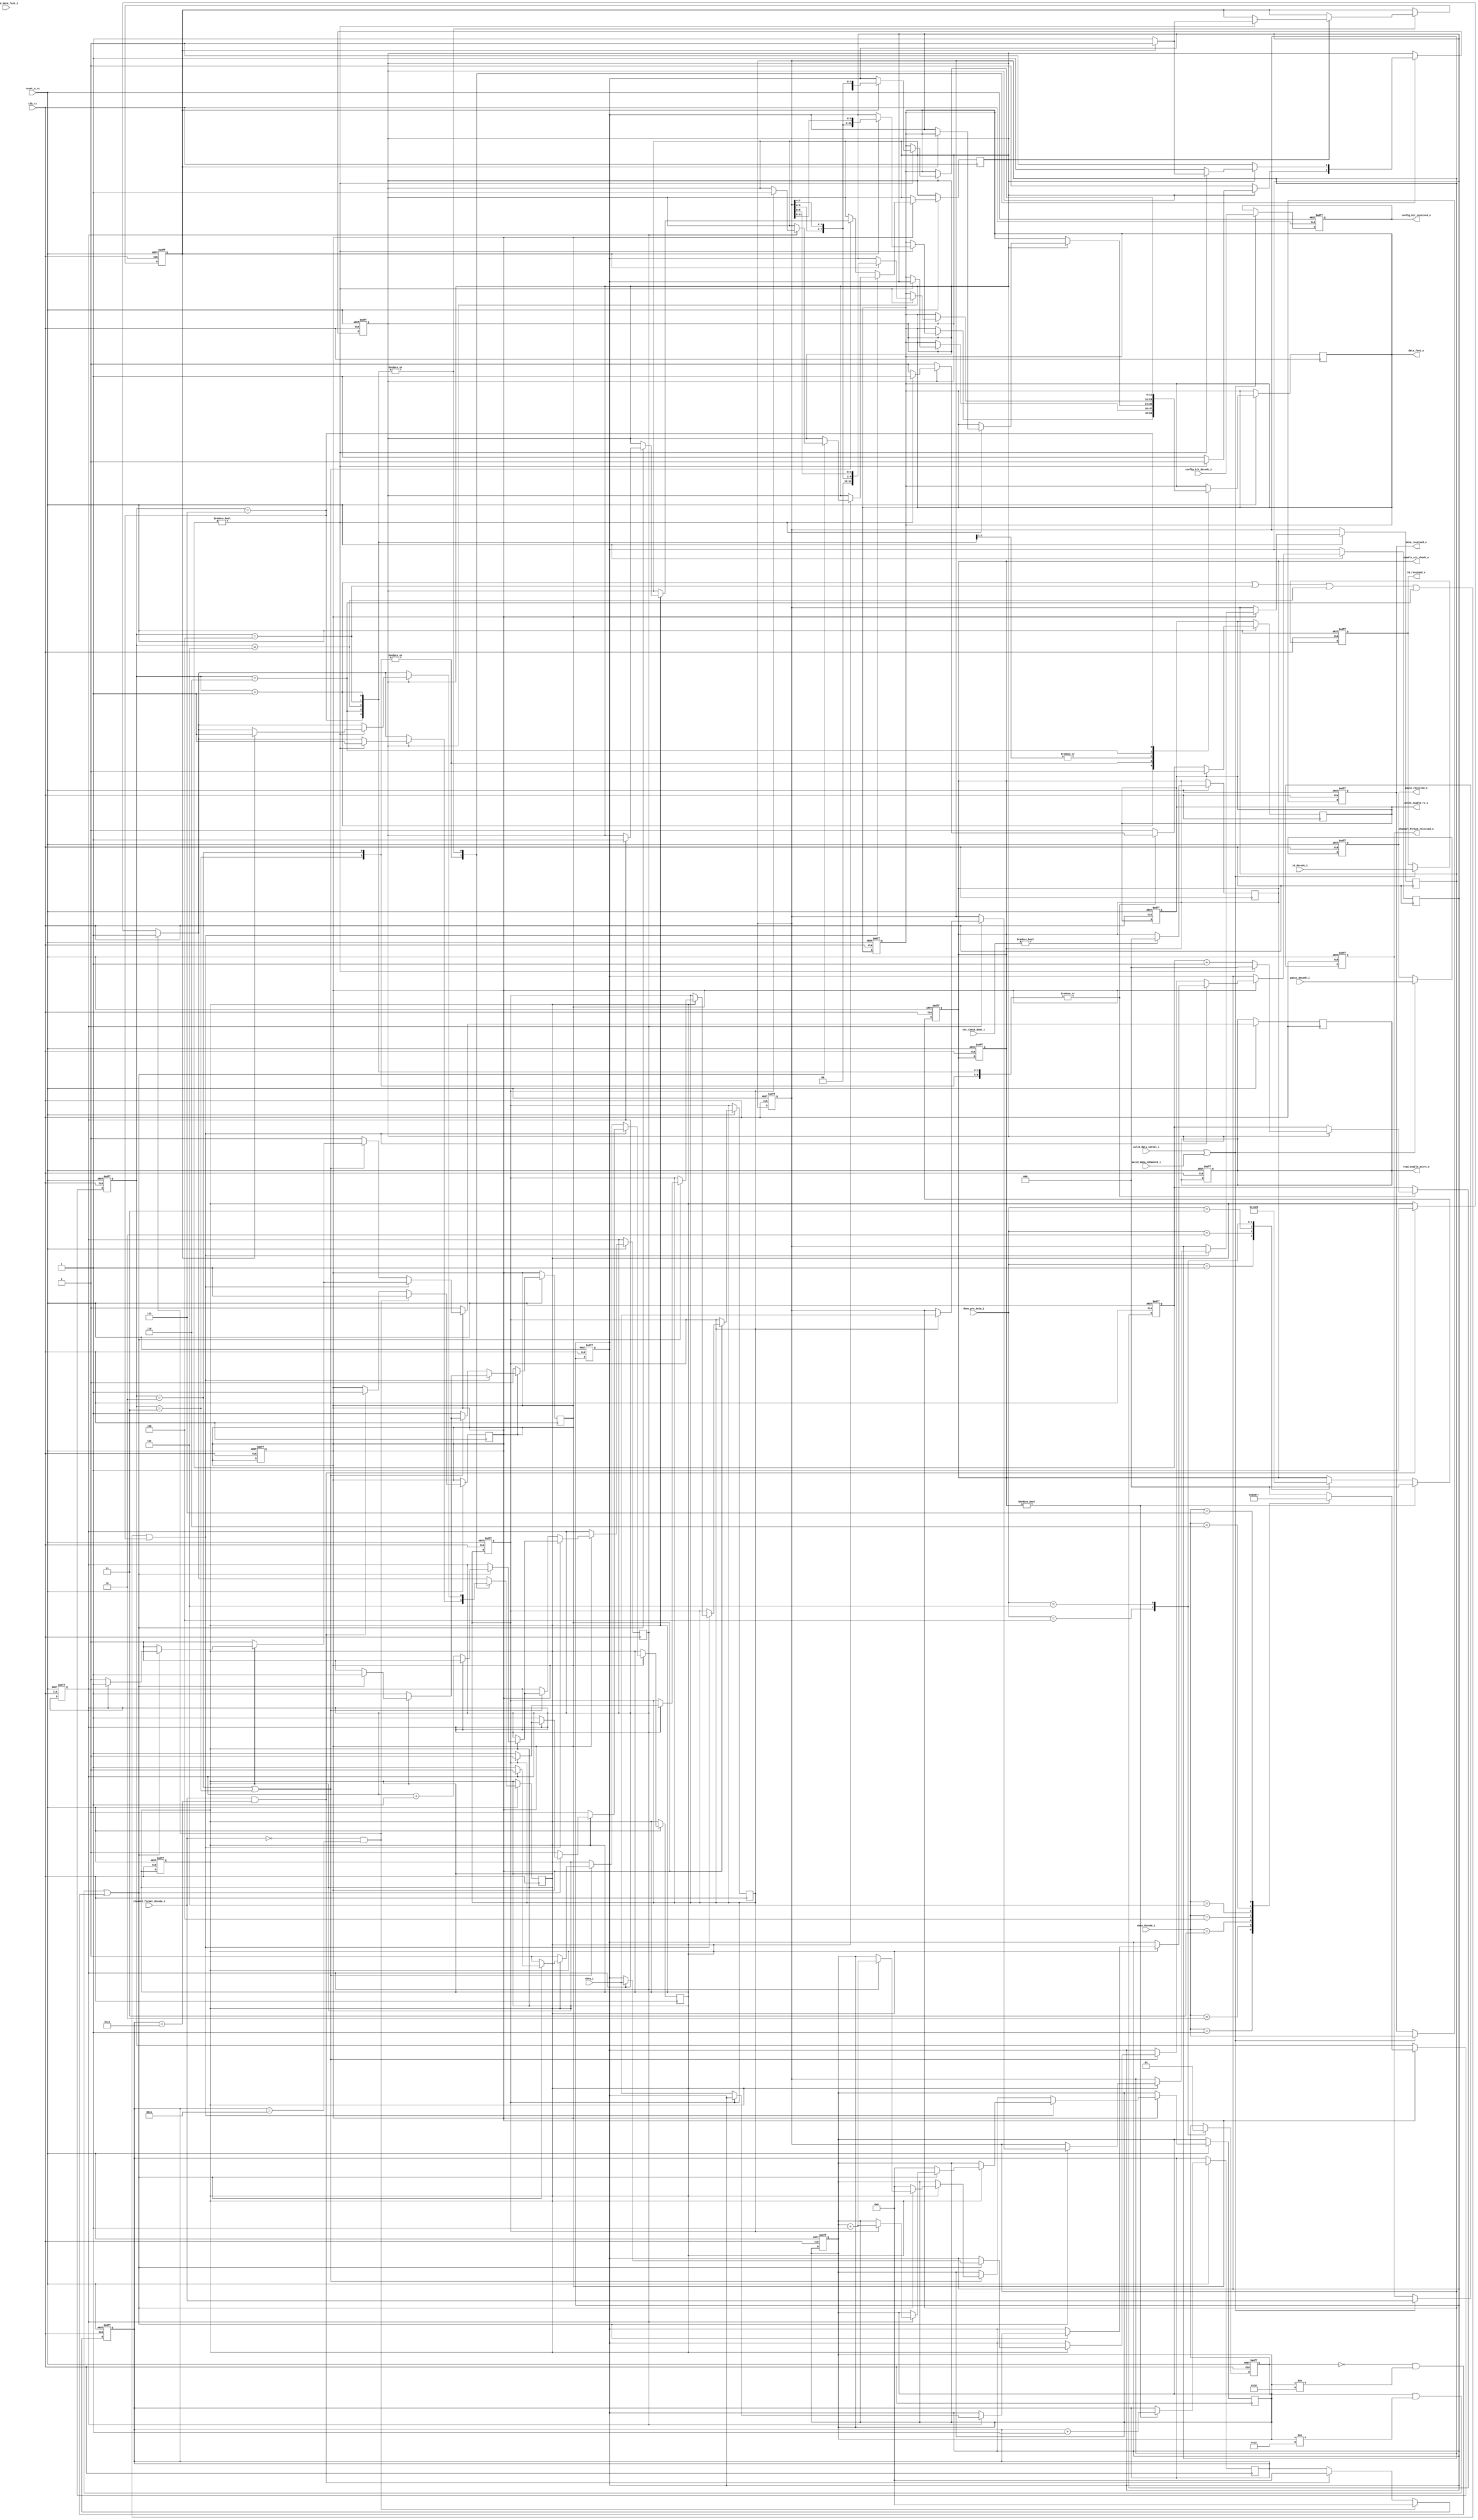
module sent_rx_control(
	//clk and reset_n_rx
	input clk_rx,
	input reset_n_rx,
	
	//signals to pulse check block
	input [2:0] done_pre_data_i,

	//signals to crc check
	output reg [2:0] enable_crc_check_o,
	input [1:0] crc_check_done_i,
	input valid_data_serial_i,
	input valid_data_enhanced_i,
	input valid_data_fast_i,

	input [7:0] id_decode_i,
	input [15:0] data_decode_i,
	input channel_format_decode_i,
	output reg read_enable_store_o,
	input [11:0] data_i,

	input config_bit_decode_i,
	output reg config_bit_received_o,
	input pause_decode_i,
	output reg pause_received_o,
	output reg channel_format_received_o,

	output reg [7:0] id_received_o,
	output reg [15:0] data_received_o,
	output reg write_enable_rx_o,
	output reg [11:0] data_fast_o
	);

	//frame format of fast channels
	localparam TWO_FAST_CHANNELS_12_12 = 1;
	localparam ONE_FAST_CHANNELS_12 = 2;
	localparam HIGH_SPEED_ONE_FAST_CHANNEL_12 = 3;
	localparam SECURE_SENSOR = 4;
	localparam SINGLE_SENSOR_12_0 = 5;
	localparam TWO_FAST_CHANNELS_14_10 = 6;
	localparam TWO_FAST_CHANNELS_16_8 = 7;
	
	reg valid_data_fast_i_channel;
	reg [11:0] data_fast1_decode;
	reg [11:0] data_fast2_decode;
	
	reg [17:0] saved;
	reg count_enable;
	reg count_store;
	reg [5:0] count_frame;
	reg count_rx;
	reg [2:0] count_enable_rx;
	reg [2:0] frame_format;
	reg [5:0] count_check_done;
	reg done_all;

	reg channel_format;
	reg read_store_fifo;
	reg write_rx_fifo;
	reg [2:0] saved_frame_format;

	always @(*) begin
		case(data_decode_i)
			16'h001: frame_format = TWO_FAST_CHANNELS_12_12;
			16'h002: frame_format = ONE_FAST_CHANNELS_12;
			16'h003: frame_format = HIGH_SPEED_ONE_FAST_CHANNEL_12;
			16'h004: frame_format = SECURE_SENSOR;
			16'h005: frame_format = SINGLE_SENSOR_12_0;
			16'h006: frame_format = TWO_FAST_CHANNELS_14_10;
			16'h007: frame_format = TWO_FAST_CHANNELS_16_8;
			default: frame_format = 0;
		endcase
	end

	always @(posedge clk_rx or negedge reset_n_rx) begin
		if(!reset_n_rx) begin
			enable_crc_check_o <= 0;
			read_enable_store_o <= 0;
			saved <= 0;
			count_store <= 0;
			count_enable <= 0;
			data_fast1_decode <= 0;
			data_fast2_decode <= 0;
			valid_data_fast_i_channel <= 0;
			count_frame <= 0;
			write_enable_rx_o <= 0;
			data_fast1_decode <= 0;
			data_fast2_decode <= 0;
			data_fast_o <= 0;
			id_received_o <= 0;
				data_received_o <= 0;
				pause_received_o <= 0;
				channel_format_received_o <= 0;
				config_bit_received_o <= 0;
			done_all <= 0;
			channel_format <= 0;
			read_store_fifo <= 0;
			saved_frame_format <= 0;
		end
		else begin
			//DONE PRE DATA FROM PULSE CHECK BLOCK -> TURN ON ENABLE CRC CHECK
			case(done_pre_data_i) 
				3'b001: begin enable_crc_check_o <= 3'b001; end
				3'b010: begin enable_crc_check_o <= 3'b010; end
				3'b011: begin enable_crc_check_o <= 3'b011; end
				3'b100: begin enable_crc_check_o <= 3'b100; channel_format <= 0; end
				3'b101: begin enable_crc_check_o <= 3'b101; channel_format <= 1; end
			endcase
			
			if(enable_crc_check_o != 0 ) begin enable_crc_check_o <= 0; count_check_done <= count_check_done + 1; end	

			//CHECK VALID DATA
			if(valid_data_serial_i || valid_data_enhanced_i) begin
				id_received_o <= id_decode_i;
				data_received_o <= data_decode_i;
				pause_received_o <= pause_decode_i;
				channel_format_received_o <= channel_format_decode_i;
				config_bit_received_o <= config_bit_decode_i;
			end


			//SAVED VALID DATA FAST		
			if(crc_check_done_i == 2'b01) begin saved <= {saved[16:0], valid_data_fast_i}; end
	
			//DEFINE FRAME FORMAT
			if(done_all) begin saved_frame_format <= frame_format; end
		end
	end
	
	//transmit data to fifo rx
	always @(posedge clk_rx or negedge reset_n_rx) begin
		if(!reset_n_rx) begin
			enable_crc_check_o <= 0;
			count_rx <= 0;
			count_enable_rx <= 0;
			count_check_done <= 0;
			write_rx_fifo <= 0;
		end
		else begin
			
			//ALL DONE
			if(!channel_format_decode_i && count_check_done == 17) begin done_all <= 1; read_store_fifo <= 1; count_check_done <= 0; end
			else if(channel_format_decode_i && count_check_done == 19) begin done_all <= 1; read_store_fifo <= 1; count_check_done <= 0; end

			//WRITE DATA TO RX FIFO
			case(saved_frame_format)
				TWO_FAST_CHANNELS_12_12: begin
					if(write_rx_fifo) begin
						if(count_enable_rx) begin
							write_enable_rx_o <= 1;
							count_enable_rx <= 0;
							if(!count_rx) begin
								data_fast_o <= data_fast1_decode; 
								count_rx <= 1; 
							end else begin 
								data_fast_o <= {data_fast2_decode[3:0],data_fast2_decode[7:4],data_fast2_decode[11:8]}; 
								count_rx <= 0; 
								write_rx_fifo <= 0;
								read_store_fifo <= 1;
							end
						end
						else begin count_enable_rx <= count_enable_rx + 1; end
					end
				end

				ONE_FAST_CHANNELS_12 : begin
					if(write_rx_fifo) begin
						if(count_enable_rx) begin
							write_enable_rx_o <= 1;
							count_enable_rx <= 0;
							data_fast_o <= data_fast1_decode[11:0]; 
							write_rx_fifo <= 0;
							read_store_fifo <= 1;
						end
						else begin count_enable_rx <= count_enable_rx + 1; end
					end
				end

				HIGH_SPEED_ONE_FAST_CHANNEL_12: begin
					if(write_rx_fifo) begin
						if(count_enable_rx) begin
							write_enable_rx_o <= 1;
							count_enable_rx <= 0;
							data_fast_o <= data_fast1_decode[11:0]; 
							write_rx_fifo <= 0;
							read_store_fifo <= 1;
						end
						else begin count_enable_rx <= count_enable_rx + 1; end
					end
				end

				SECURE_SENSOR: begin
					if(write_rx_fifo) begin
						if(count_enable_rx) begin
							write_enable_rx_o <= 1;
							count_enable_rx <= 0;
							if(!count_rx) begin
								data_fast_o <= data_fast1_decode; 
								count_rx <= 1; 
							end else begin 
								count_rx <= 0; 
								write_rx_fifo <= 0;
								read_store_fifo <= 1;
							end
						end
						else begin count_enable_rx <= count_enable_rx + 1; end
					end
				end

				SINGLE_SENSOR_12_0: begin
					if(write_rx_fifo) begin
						if(count_enable_rx) begin
							write_enable_rx_o <= 1;
							count_enable_rx <= 0;
							if(!count_rx) begin
								data_fast_o <= data_fast1_decode; 
								count_rx <= 1; 
							end else begin 
								count_rx <= 0; 
								write_rx_fifo <= 0;
								read_store_fifo <= 1;
							end
						end
						else begin count_enable_rx <= count_enable_rx + 1; end
					end
				end

				TWO_FAST_CHANNELS_14_10: begin
					if(write_rx_fifo) begin
						if(count_enable_rx) begin
							write_enable_rx_o <= 1;
							count_enable_rx <= 0;
							if(!count_rx) begin
								data_fast_o <= {data_fast1_decode}; 
								count_rx <= 1; 
							end else begin 
								data_fast_o <= {data_fast2_decode[3:0],data_fast2_decode[7:4],data_fast2_decode[9:8]}; 
								count_rx <= 0; 
								write_rx_fifo <= 0;
								read_store_fifo <= 1;
							end
						end
						else begin count_enable_rx <= count_enable_rx + 1; end
					end
				end
				
				TWO_FAST_CHANNELS_16_8: begin
					if(write_rx_fifo) begin
						if(count_enable_rx) begin
							write_enable_rx_o <= 1;
							count_enable_rx <= 0;
							if(!count_rx) begin
								data_fast_o <= data_fast1_decode; 
								count_rx <= 1; 
							end else begin 
								data_fast_o <= {data_fast2_decode[11:8],data_fast2_decode[3:0],data_fast2_decode[7:4]}; 
								count_rx <= 0; 
								write_rx_fifo <= 0;
								read_store_fifo <= 1;
							end
						end
						else begin count_enable_rx <= count_enable_rx + 1; end
					end
				end
			endcase
			
			if(write_enable_rx_o) write_enable_rx_o <= 0;
		end
	end

	//READ DATA FROM STORE FIFO
	always @(posedge clk_rx or negedge reset_n_rx) begin
		if(!reset_n_rx) begin

		end
		else begin
			if(crc_check_done_i != 0) begin enable_crc_check_o <= 0; end
			if(read_enable_store_o) begin read_enable_store_o <= 0; end

			if(done_all) begin
				if((saved_frame_format == TWO_FAST_CHANNELS_12_12) || (saved_frame_format == SECURE_SENSOR) || (saved_frame_format == SINGLE_SENSOR_12_0) ||
				(saved_frame_format == TWO_FAST_CHANNELS_14_10) || (saved_frame_format == TWO_FAST_CHANNELS_16_8) ) begin
					if(read_store_fifo) begin
						if( (channel_format && count_frame != 18) || (!channel_format  && count_frame != 16) ) begin
							if(count_enable) begin
								count_enable <= 0;
								read_enable_store_o <= 1;
								if(!count_store) begin
									data_fast1_decode <= data_i;
									count_store <= 1;
								end
								else begin
									data_fast2_decode <= data_i; 
									count_store <= 0; 
									valid_data_fast_i_channel <= saved[17];
									saved <= {saved[16:0], valid_data_fast_i};
									count_frame <= count_frame + 1;
									write_rx_fifo <= 1;
									read_store_fifo <= 0;
									
								end
							end else count_enable <= count_enable + 1;
						end 
						else begin 
							read_enable_store_o <= 0; 
							valid_data_fast_i_channel <= 0; 
							count_frame <= 0; 
							done_all <= 0; 
							read_store_fifo <= 0;
						end
					end	
				end
				else if ( (saved_frame_format == ONE_FAST_CHANNELS_12) || (saved_frame_format == HIGH_SPEED_ONE_FAST_CHANNEL_12) )  begin
					if(read_store_fifo) begin
						if(channel_format && count_frame != 18 || (!channel_format && count_frame != 16) ) begin
							if(count_enable) begin
								count_enable <= 0;
								read_enable_store_o <= 1;
								data_fast1_decode <= data_i;
								valid_data_fast_i_channel <= saved[17];
								saved <= {saved[16:0], valid_data_fast_i};
								count_frame <= count_frame + 1;
								write_rx_fifo <= 1;
								read_store_fifo <= 0;
							end else count_enable <= count_enable + 1;
						end 
						else begin 
							read_enable_store_o <= 0; 
							valid_data_fast_i_channel <= 0; 
							count_frame <= 0; 
							done_all <= 0; 
							read_store_fifo <= 0;
						end
					end	
				end
			end
			else read_enable_store_o <= 0;
		end
	end
endmodule